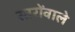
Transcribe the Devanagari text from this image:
स्तरोंवाले